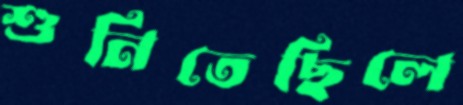
শুনিতেছিলে